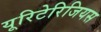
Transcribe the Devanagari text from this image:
यूरिटेरिजियस